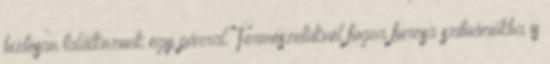
biztosan találkozunk egy párral. Természetüknél fogva furcsa szituációkba is